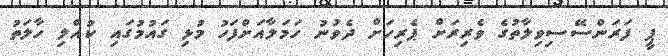
ޕީ ފަރަންސޭސިވިލާތުގެ ވެރިރަށް ޕެރިހަށް ދެވުނު ހަމަލާއަށްފަހު މުޅި ގައުމުގައި ކުއްލި ހާލަތު